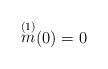
LaTeX: \begin{align*} \mathop{m}\limits^{(1)} (0)=0 \end{align*}